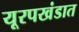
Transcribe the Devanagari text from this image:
यूरपखंडात